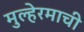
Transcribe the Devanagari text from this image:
मुल्हेरमाची